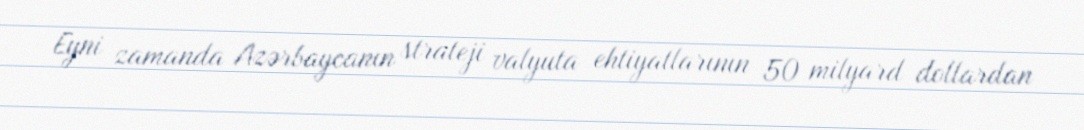
Eyni zamanda Azərbaycanın strateji valyuta ehtiyatlarının 50 milyard dollardan